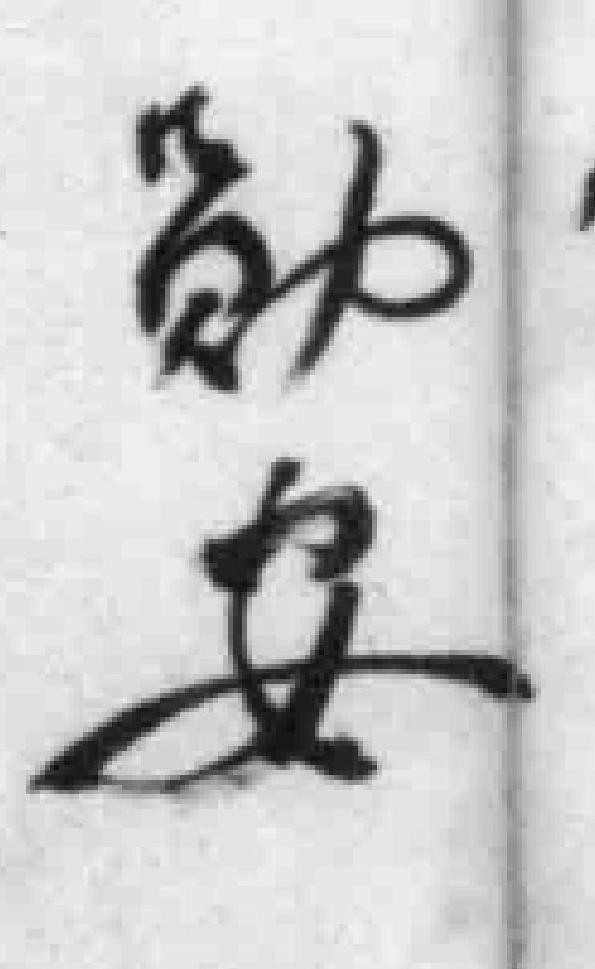
勋安